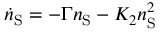
\dot { n } _ { \mathrm { S } } = - \Gamma n _ { \mathrm { S } } - K _ { 2 } n _ { \mathrm { S } } ^ { 2 }